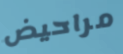
مراحيض